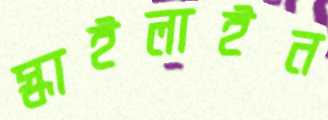
স্কাইলাইন